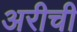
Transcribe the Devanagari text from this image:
अरीची